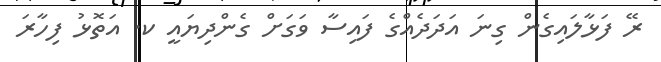
ރޭ ފަޅާލައިގެން ގިނަ އަދަދެއްގެ ފައިސާ ވަގަށް ގެންދިޔައީ ކ. އަތޮޅު ފިހާރަ